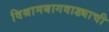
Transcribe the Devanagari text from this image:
विश्रामबागवाड्याची